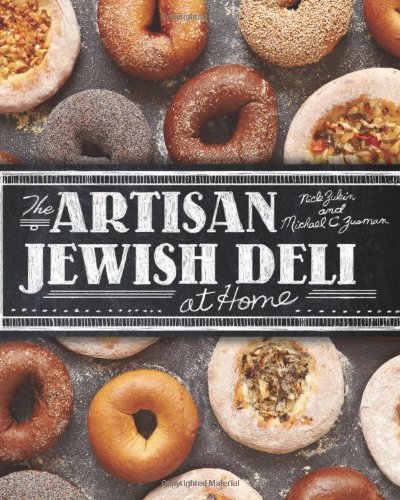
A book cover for The Artisan Jewish Deli at Home; Nick Zukin; Cookbooks, Food & Wine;